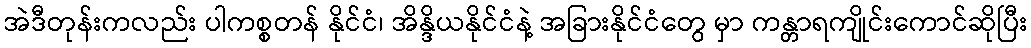
အဲဒီတုန်းကလည်း ပါကစ္စတန် နိုင်ငံ၊ အိန္ဒိယနိုင်ငံနဲ့ အခြားနိုင်ငံတွေ မှာ ကန္တာရကျိုင်းကောင်ဆိုပြီး